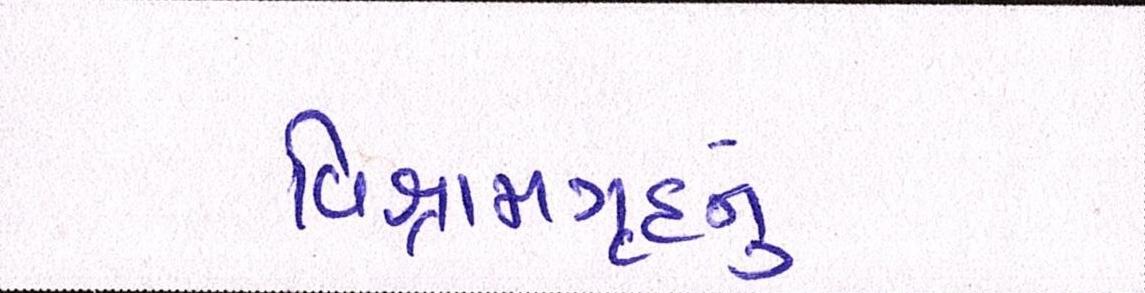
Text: વિશ્રામગૃહનું